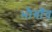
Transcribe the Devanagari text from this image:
भौगाँव